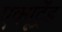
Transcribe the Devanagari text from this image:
एक्यूट्रेंड